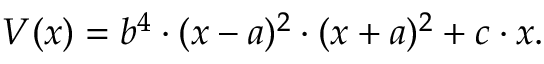
V ( x ) = b ^ { 4 } \cdot ( x - a ) ^ { 2 } \cdot ( x + a ) ^ { 2 } + c \cdot x .